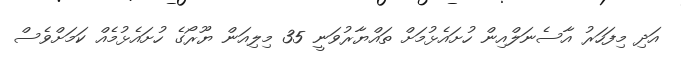
އަދި މިފަހަރު އާސެނަލްއިން ހުށައެޅުމަށް ތައްޔާރުވަނީ 35 މިލިއަން ޔޫރޯގެ ހުށައެޅުމެއް ކަމަށްވެސް